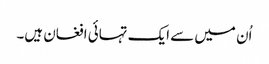
اُن میں سے ایک تہائی افغان ہیں۔